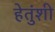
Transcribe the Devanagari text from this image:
हेतुंशी